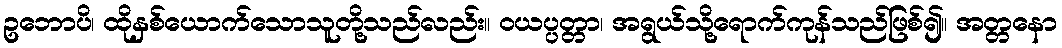
ဥဘောပိ၊ ထိုနှစ်ယောက်သောသူတို့သည်လည်း။ ဝယပ္ပတ္တာ၊ အရွယ်သို့ရောက်ကုန်သည်ဖြစ်၍။ အတ္တနော